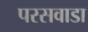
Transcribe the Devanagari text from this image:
परसवाडा